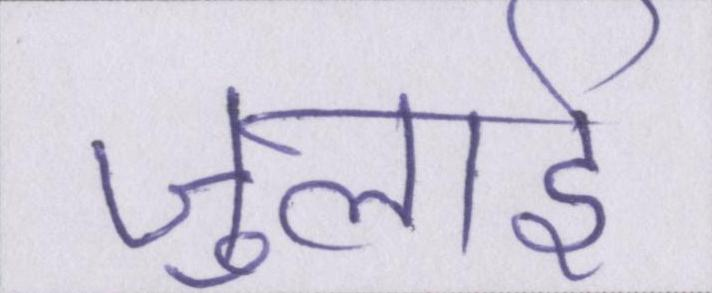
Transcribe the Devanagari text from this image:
जुलाई